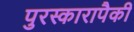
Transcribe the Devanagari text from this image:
पुरस्कारापैकी